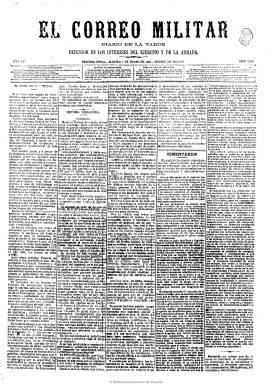
Título: El Correo militar
Colección: Fuerzas armadas || Periódicos
Ámbito geográfico: Madrid
Lugar de publicación: Madrid
Fechas: 02/01/1883-28/02/1901

Periódico que, fruto de la Gloriosa, fue fundado en abril de 1869 por el escritor militar y de tendencia republicana Miguel Ángel Espina, y que se convertirá en el decano de los diarios militares españoles de carácter político. Con el golpe del general Pavía será suspendido en 1874 hasta su reaparición en enero del siguiente año con el inicio de la Restauración, mostrando su fe monárquica. A partir de aquí y hasta 1892 será dirigido por el militar Melchor Pardo. Le sustituyó en la dirección, desde octubre de 1892 a marzo de 1893, el diputado conservador Francisco Javier Ugarte y Pallés. La colección de la Biblioteca Nacional comienza el dos de enero de 1883, correspondiente ya a su tercera época, siendo “diario de la tarde” (excepto los domingos) con el subtítulo “defensor de los intereses del ejército y de la armada”, cambiándolo más tarde por el de “defensor del ejército y de la integridad nacional” y con el lema “Todo por España y para España”. Durante la Restauración fue conservador canovista, no guardando la misma fidelidad con Francisco Silvela. Al comenzar el siglo veinte se mostrará crítico con las reformas militares y dolorido por las responsabilidades del desastre colonial por el que a su juicio no debían responsabilizar sólo a los militares.

Impreso a cinco columnas, y con varias ediciones, una de ellas correspondiente a Madrid, incluirá editoriales, artículos doctrinales, de fondo y técnicos, comentarios, un boletín diario con reseña de normativa y legislación, secciones como la de personal (nombramientos y ascensos militares, etc.), la de espectáculos y teatros, crónica del exterior, cotizaciones de la bolsa de Madrid, servicios, noticias varias y folletín, dedicando toda su última página a los anuncios comerciales. También incluirá las secciones Mundo militar, Mundo político o Movimiento bibliográfico o una sección literaria. Pero, evidentemente, la mayor importancia de sus textos corresponde a sus editoriales y artículos relativos a la vida política y los sucesivos acontecimientos y reformas militares.

A Ugarte y Pallés le sucederá en la propiedad y dirección el militar y diputado Ricardo Ruiz Aguilar, a quien sucederá, en 1897, Rafael Eugenio Sánchez, escritor que utiliza el seudónimo “San Rafael”. El 28 de febrero de 1901 publica su último número, anunciando en este la constitución de una sociedad anónima para fusionarse con Diario de la marina, a partir del uno de marzo, que iniciará su sexta época y la numeración.